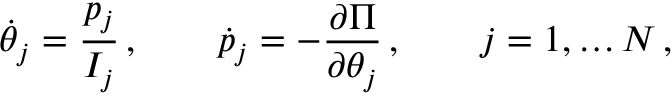
\dot { \theta } _ { j } = \frac { p _ { j } } { I _ { j } } \, , \qquad \dot { p } _ { j } = - \frac { \partial \Pi } { \partial \theta _ { j } } \, , \qquad j = 1 , \hdots N \, ,